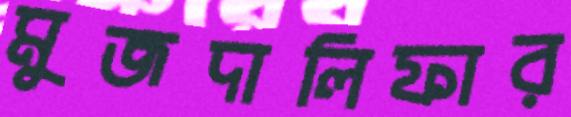
মুজদালিফার